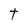
Character: t